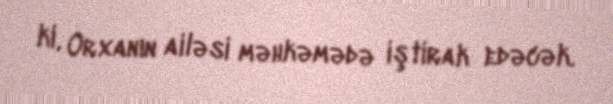
ki, Orxanın ailəsi məhkəmədə iştirak edəcək.